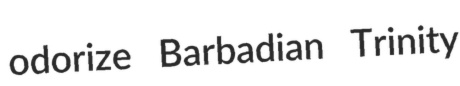
odorize Barbadian Trinity